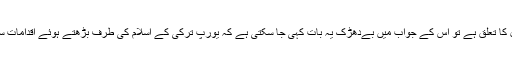
جہاں تک پہلے سوال کا تعلق ہے تو اس کے جواب میں بےدھڑک یہ بات کہی جا سکتی ہے کہ یورپ ترکی کے اسلام کی طرف بڑھتے ہوئے اقدامات سے بہت پریشان ہے۔